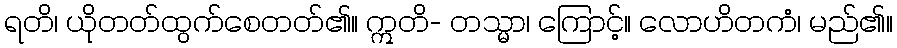
ရတိ၊ ယိုတတ်ထွက်စေတတ်၏။ ဣတိ- တသ္မာ၊ ကြောင့်။ လောဟိတကံ၊ မည်၏။